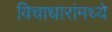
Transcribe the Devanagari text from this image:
विचाधारांमध्ये